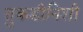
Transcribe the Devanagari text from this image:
तुकडीनिशी